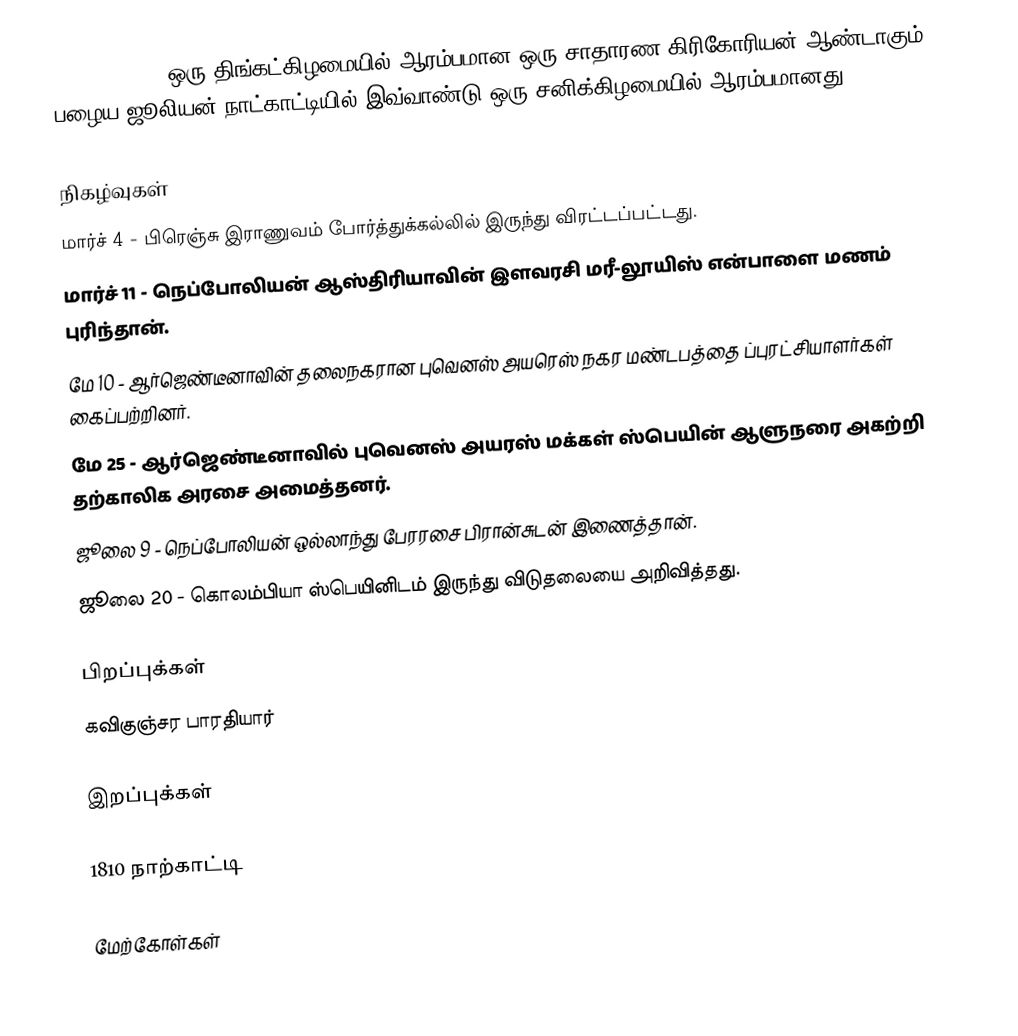
1810  (MDCCCX) ஒரு திங்கட்கிழமையில் ஆரம்பமான ஒரு சாதாரண கிரிகோரியன் ஆண்டாகும். பழைய ஜூலியன் நாட்காட்டியில் இவ்வாண்டு ஒரு சனிக்கிழமையில் ஆரம்பமானது.

நிகழ்வுகள்
 மார்ச் 4 - பிரெஞ்சு இராணுவம் போர்த்துக்கல்லில் இருந்து விரட்டப்பட்டது.
 மார்ச் 11 - நெப்போலியன் ஆஸ்திரியாவின் இளவரசி மரீ-லூயிஸ் என்பாளை மணம் புரிந்தான்.
 மே 10 - ஆர்ஜெண்டீனாவின் தலைநகரான புவெனஸ் அயரெஸ் நகர மண்டபத்தை ப்புரட்சியாளர்கள் கைப்பற்றினர்.
 மே 25 - ஆர்ஜெண்டீனாவில் புவெனஸ் அயரஸ் மக்கள் ஸ்பெயின் ஆளுநரை அகற்றி தற்காலிக அரசை அமைத்தனர்.
 ஜூலை 9 - நெப்போலியன் ஒல்லாந்து பேரரசை பிரான்சுடன் இணைத்தான்.
 ஜூலை 20 - கொலம்பியா ஸ்பெயினிடம் இருந்து விடுதலையை அறிவித்தது.

பிறப்புக்கள்
 கவிகுஞ்சர பாரதியார்

இறப்புக்கள்

1810 நாற்காட்டி

மேற்கோள்கள்